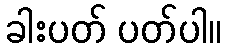
ခါးပတ် ပတ်ပါ။